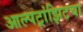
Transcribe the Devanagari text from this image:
आल्पट्रांझिटचा